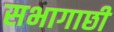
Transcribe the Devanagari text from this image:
सभागाछी